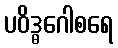
ပဝိဒ္ဓဂေါစရေ